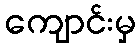
ကျောင်းမှ